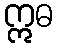
ဣဓ